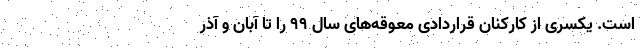
است. یکسری از کارکنان قراردادی معوقه‌های سال ۹۹ را تا آبان و آذر